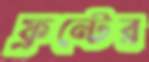
ফ্রন্টের